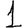
Digit: 1